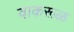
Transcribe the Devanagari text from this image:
वाकरूळ